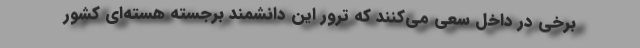
برخی در داخل سعی می‌‌کنند که ترور این دانشمند برجسته هسته‌ای کشور